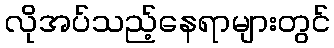
လိုအပ်သည့်နေရာများတွင်